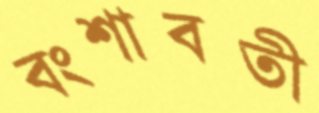
বংশাবতী